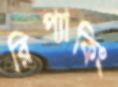
রিপ্যাকিং